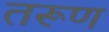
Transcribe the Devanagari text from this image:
तरूण